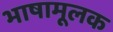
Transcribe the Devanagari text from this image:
भाषामूलक